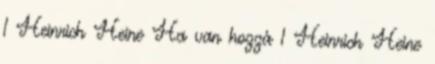
1 Heinrich Heine Ha van hozzá 1 Heinrich Heine